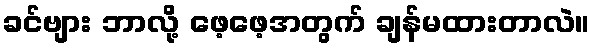
ခင်ဗျား ဘာလို့ ဖေ့ဖေ့အတွက် ချန်မထားတာလဲ။